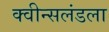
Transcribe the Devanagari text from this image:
क्वीन्सलंडला